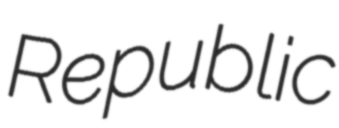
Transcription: Republic